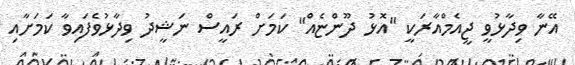
އޭނާ ވިދާޅުވީ ޖީއެމްއާރަކީ "އޮޅު ދޫންޏެއް" ކަމަށް ރައީސް ނަޝީދު ވިދާޅުވެފައިވާ ކަމަށާއި